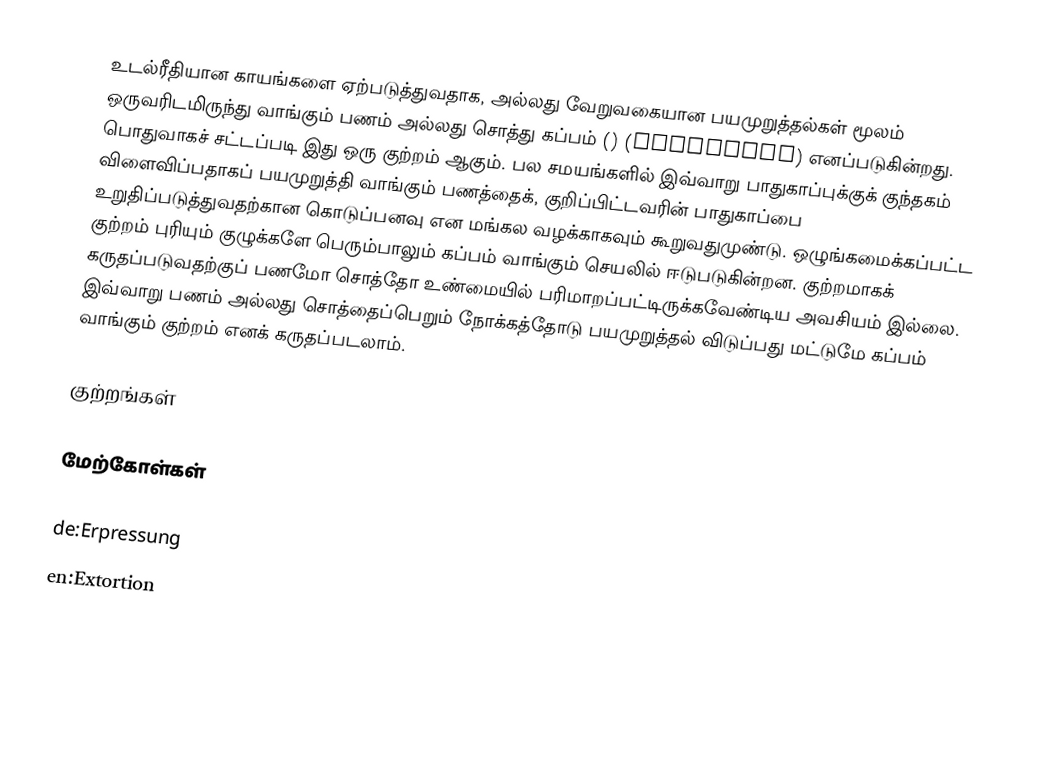
உடல்ரீதியான காயங்களை ஏற்படுத்துவதாக, அல்லது வேறுவகையான பயமுறுத்தல்கள் மூலம் ஒருவரிடமிருந்து வாங்கும் பணம் அல்லது சொத்து கப்பம் ()  (Extortion) எனப்படுகின்றது. பொதுவாகச் சட்டப்படி இது ஒரு குற்றம் ஆகும். பல சமயங்களில் இவ்வாறு பாதுகாப்புக்குக் குந்தகம் விளைவிப்பதாகப் பயமுறுத்தி வாங்கும் பணத்தைக், குறிப்பிட்டவரின் பாதுகாப்பை உறுதிப்படுத்துவதற்கான கொடுப்பனவு என மங்கல வழக்காகவும் கூறுவதுமுண்டு. ஒழுங்கமைக்கப்பட்ட குற்றம் புரியும் குழுக்களே பெரும்பாலும் கப்பம் வாங்கும் செயலில் ஈடுபடுகின்றன. குற்றமாகக் கருதப்படுவதற்குப் பணமோ சொத்தோ உண்மையில் பரிமாறப்பட்டிருக்கவேண்டிய அவசியம் இல்லை. இவ்வாறு பணம் அல்லது சொத்தைப்பெறும் நோக்கத்தோடு பயமுறுத்தல் விடுப்பது மட்டுமே கப்பம் வாங்கும் குற்றம் எனக் கருதப்படலாம்.

குற்றங்கள்

மேற்கோள்கள்

de:Erpressung
en:Extortion